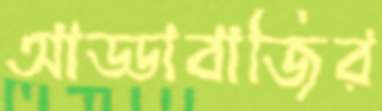
আড্ডাবাজির